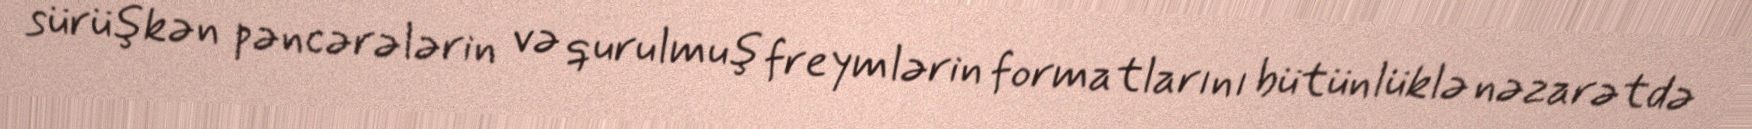
sürüşkən pəncərələrin və qurulmuş freymlərin formatlarını bütünlüklə nəzarətdə